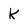
Character: K